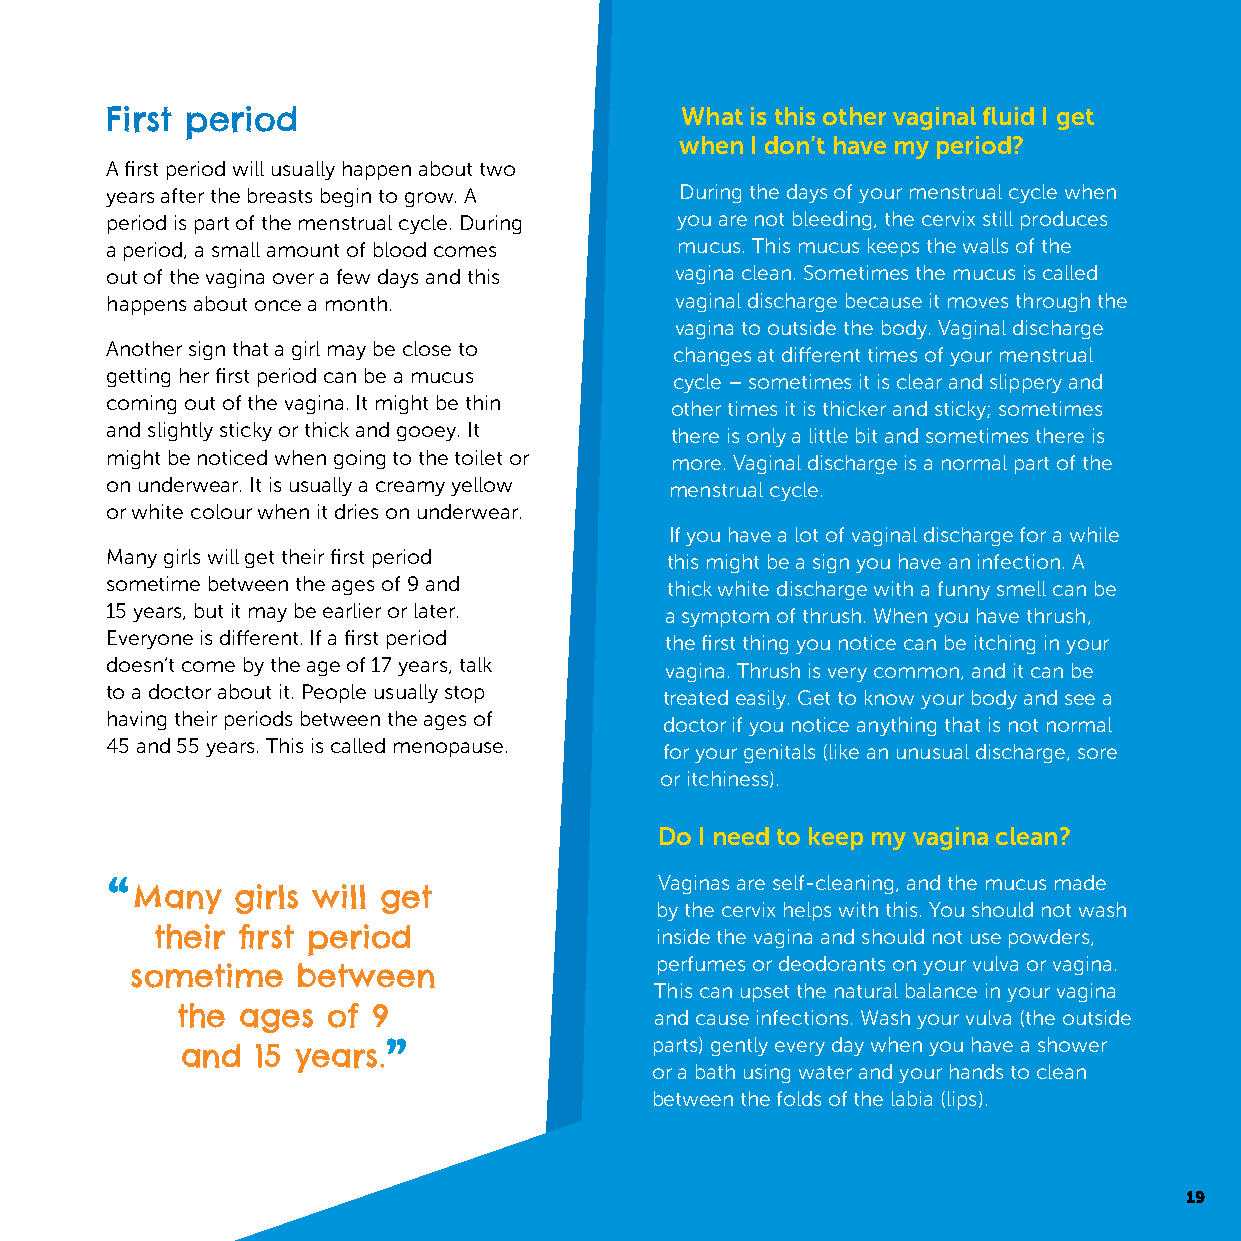
First period                          What is this other vaginal fluid I get
 when I don’t have my period?
 A first period will usually happen about two
 years after the breasts begin to grow. A During the days of your menstrual cycle when
 period is part of the menstrual cycle. During you are not bleeding, the cervix still produces
 a period, a small amount of blood comes mucus. This mucus keeps the walls of the
 out of the vagina over a few days and this vagina clean. Sometimes the mucus is called
 happens about once a month.           vaginal discharge because it moves through the
 vagina to outside the body. Vaginal discharge
 Another sign that a girl may be close to changes at different times of your menstrual
 getting her first period can be a mucus cycle – sometimes it is clear and slippery and
 coming out of the vagina. It might be thin other times it is thicker and sticky; sometimes
 and slightly sticky or thick and gooey. It there is only a little bit and sometimes there is
 might be noticed when going to the toilet or more. Vaginal discharge is a normal part of the
 on underwear. It is usually a creamy yellow menstrual cycle.
 or white colour when it dries on underwear.
 If you have a lot of vaginal discharge for a while
 Many girls will get their first period this might be a sign you have an infection. A
 sometime between the ages of 9 and   thick white discharge with a funny smell can be
 15 years, but it may be earlier or later. a symptom of thrush. When you have thrush,
 Everyone is different. If a first period the first thing you notice can be itching in your
 doesn’t come by the age of 17 years, talk vagina. Thrush is very common, and it can be
 to a doctor about it. People usually stop treated easily. Get to know your body and see a
 having their periods between the ages of doctor if you notice anything that is not normal
 45 and 55 years. This is called menopause. for your genitals (like an unusual discharge, sore
 or itchiness).
 Do I need to keep my vagina clean?
 Vaginas are self-cleaning, and the mucus made
 Many  girls will get
 by the cervix helps with this. You should not wash
 their first period               inside the vagina and should not use powders,
 perfumes or deodorants on your vulva or vagina.
 sometime   between
 This can upset the natural balance in your vagina
 the ages  of 9                 and cause infections. Wash your vulva (the outside
 parts) gently every day when you have a shower
 and  15 years.
 or a bath using water and your hands to clean
 between the folds of the labia (lips).
 19